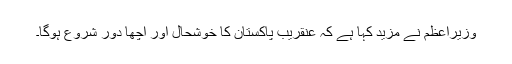
وزیراعظم نے مزید کہا ہے کہ عنقریب پاکستان کا خوشحال اور اچھا دور شروع ہوگا۔